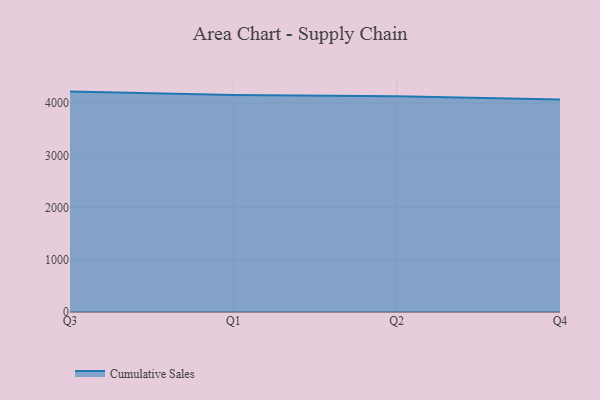
{"axis": {"x": "Quarter", "y": "Population (Million)"}, "legend": ["Cumulative Sales"], "data": [{"x": "Q3", "y": 4219.4, "type": "Cumulative Sales"}, {"x": "Q1", "y": 4155.5, "type": "Cumulative Sales"}, {"x": "Q2", "y": 4129.7, "type": "Cumulative Sales"}, {"x": "Q4", "y": 4069.2, "type": "Cumulative Sales"}]}